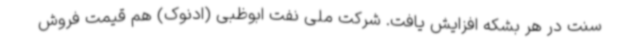
سنت در هر بشکه افزایش یافت. شرکت ملی نفت ابوظبی (ادنوک) هم قیمت فروش